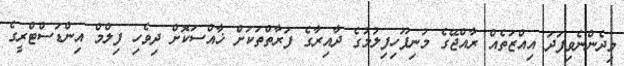
މިދެންނެވިފަދަ އިއްޒަތެއް ރާއްޖޭގެ މުނިފޫހިފިލުމުގެ ދާއިރާގެ ފަރާތްތަކަށް ޚާއްސަކޮށް ދިވެހި ފިލްމް އިންޑަސްޓްރީގެ